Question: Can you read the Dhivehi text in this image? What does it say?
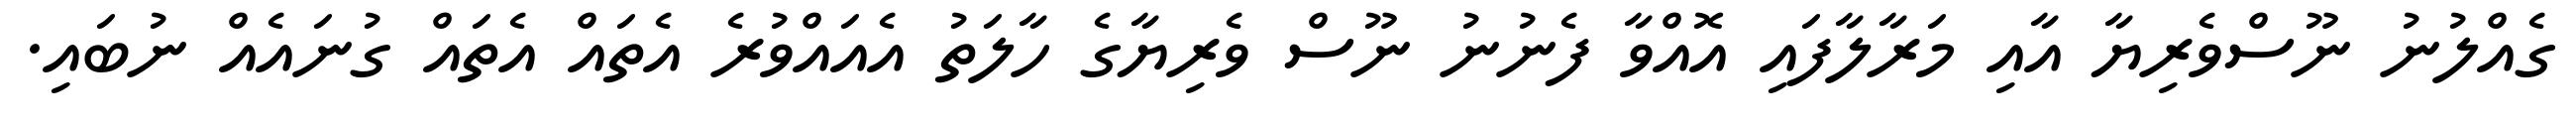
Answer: ގެއްލުނު ނޫސްވެރިޔާ އާއި މަރާލާފައި އޮއްވާ ފެނުނު ނޫސް ވެރިޔާގެ ހާލަތު އެއައްވުރެ އެތައް އެތައް ގުނައެއް ނުބައި.